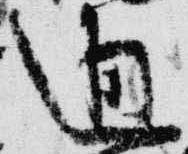
通